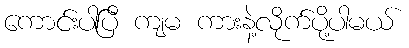
ကောင်းပါပြီ ကျမ ကားနဲ့လိုက်ပို့ပါမယ်